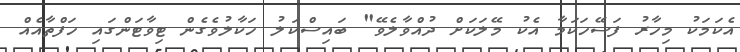
އެކަމަކު މިހާރު ފަސޭހަކަމާ އެކު މޭލަކަށް ދުއްވާލެވޭ" ބައިސްކަލު ހަކާލުވެގެން ޓިވާޓަންގައި ހަފްތާއެއް